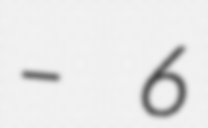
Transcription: – 6